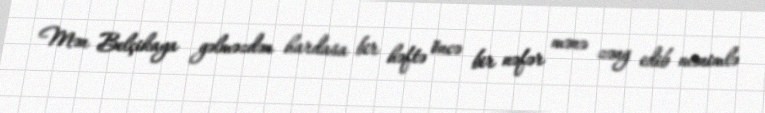
Mən Belçikaya gəlməzdən hardasa bir həftə öncə bir nəfər mənə zəng edib mənimlə